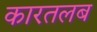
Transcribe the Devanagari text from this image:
कारतलब